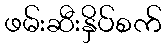
ဖမ်းဆီးနှိပ်စက်